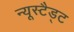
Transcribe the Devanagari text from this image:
न्यूस्टैड्ट